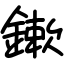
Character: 鏉